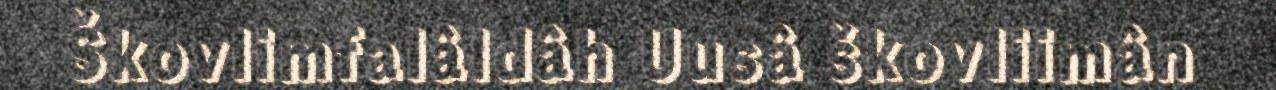
Škovlimfalâldâh Uusâ škovliimân